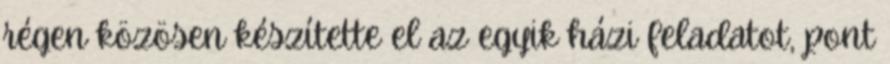
régen közösen készítette el az egyik házi feladatot, pont